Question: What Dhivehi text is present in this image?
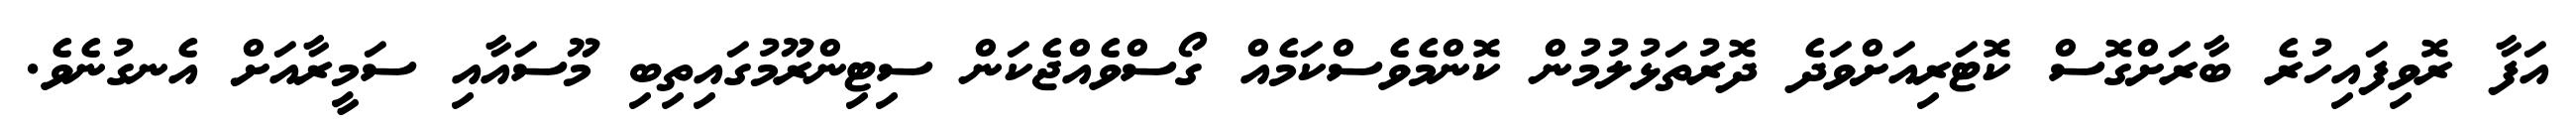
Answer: އަފާ ރޮވިފައިހުރެ ބާރަށްގޮސް ކޮޓަރިއަށްވަދެ ދޮރުތަޅުލުމުން ކޮންމެވެސްކަމެއް ގޯސްވެއްޖެކަން ސިޓިންރޫމުގައިތިބި މޫސައާއި ސަމީރާއަށް އެނގުނެވެ.